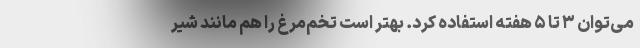
می‌توان ۳ تا ۵ هفته استفاده کرد. بهتر است تخم‌مرغ را هم مانند شیر